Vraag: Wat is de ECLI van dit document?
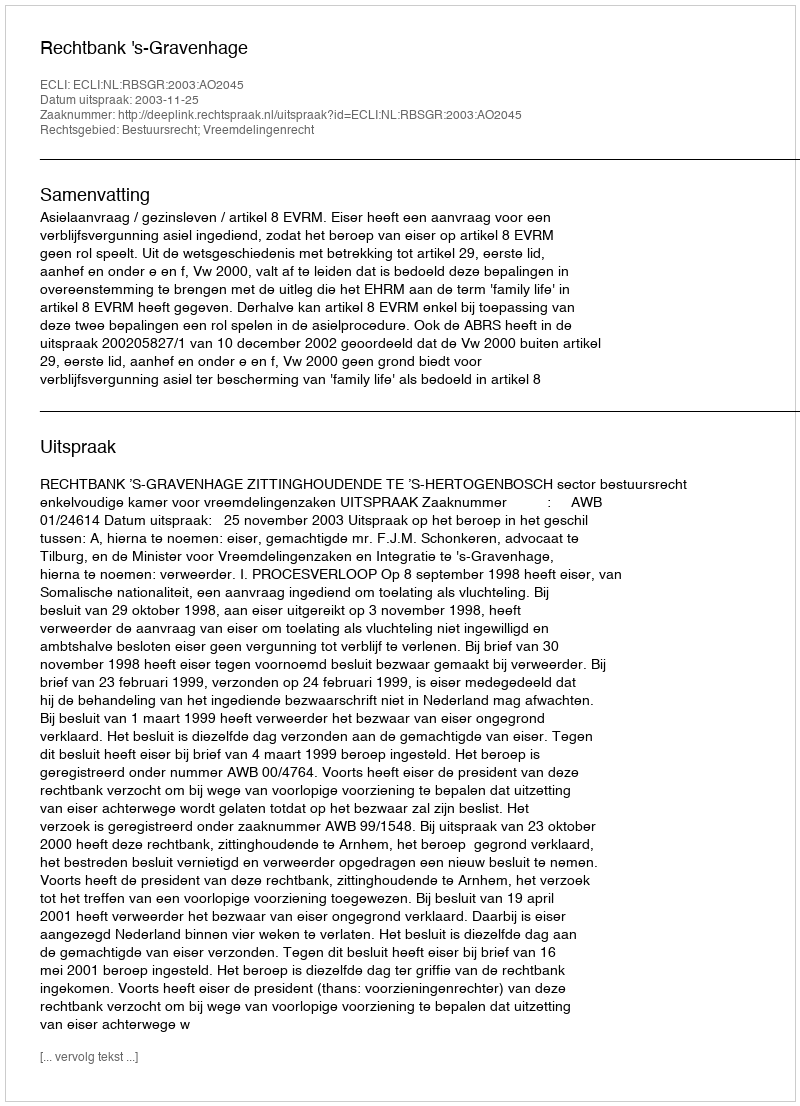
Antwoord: ECLI:NL:RBSGR:2003:AO2045